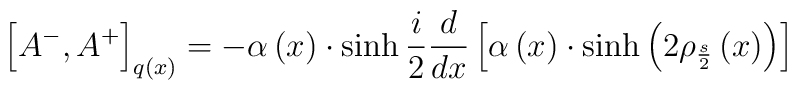
\left[ A^{-},A^{+}\right] _{q\left( x\right) }=-\alpha\left( x\right) \cdot \sinh {}\frac i2\frac d{dx}\left[\alpha \left(x\right) \cdot \sinh \left( 2\rho _{\frac s2}\left( x\right)\right) \right]